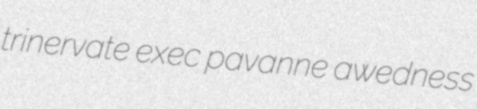
trinervate exec pavanne awedness